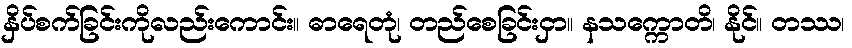
နှိပ်စက်ခြင်းကိုလည်းကောင်း။ ဓာရေတုံ၊ တည်စေခြင်းငှာ။ နသက္ကောတိ၊ နိုင်။ တဿ၊